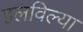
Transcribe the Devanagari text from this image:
हलविल्या